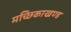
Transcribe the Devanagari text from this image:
मच्छिकाखण्ड